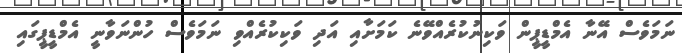
ނަމަވެސް އޭނާ އެމްޑީޕީން ވަކިނުކުރެއްވޭނެ ކަމަށާއި އަދި ވަކިކުރެއްވި ނަމަވެސް ހުންނަވާނީ އެމްޑީޕީގައި